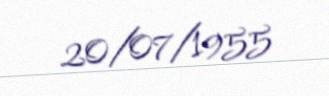
20/07/1955